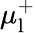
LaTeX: \mu_{\mathrm{l}}^{+}